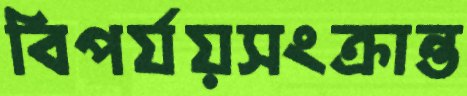
বিপর্যয়সংক্রান্ত